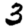
Digit: 3